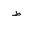
Letter: _da